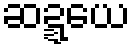
ဆဍ္ဍယေ